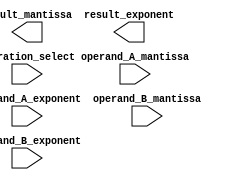
module extended_floating_point_unit(
    input wire [63:0] operand_A_mantissa,
    input wire [15:0] operand_A_exponent,
    input wire [63:0] operand_B_mantissa,
    input wire [15:0] operand_B_exponent,
    input wire operation_select, // 0: addition, 1: subtraction, 2: multiplication, 3: division
    output reg [63:0] result_mantissa,
    output reg [15:0] result_exponent
);

// Arithmetic block for addition
always @*
begin
    if(operation_select == 0)
    begin
        // Addition logic here
    end
end

// Arithmetic block for subtraction
always @*
begin
    if(operation_select == 1)
    begin
        // Subtraction logic here
    end
end

// Arithmetic block for multiplication
always @*
begin
    if(operation_select == 2)
    begin
        // Multiplication logic here
    end
end

// Arithmetic block for division
always @*
begin
    if(operation_select == 3)
    begin
        // Division logic here
    end
end

// Rounding logic
always @*
begin
    // Rounding logic here
end

endmodule